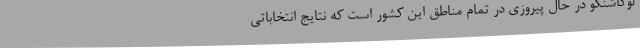
لوکاشنکو در حال پیروزی در تمام مناطق این کشور است که نتایج انتخاباتی